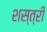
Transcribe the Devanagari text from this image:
शस्त्री